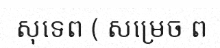
សុទេព ( សម្រេច ព